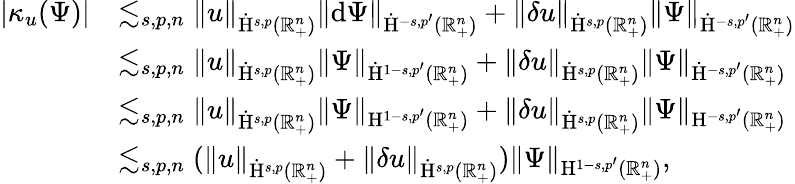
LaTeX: \begin{array}{rl}{\lvert\kappa_{u}(\Psi)\rvert}&{\lesssim_{s,p,n}\lVert u\rVert_{\dot{\mathrm{H}}^{s,p}(\mathbb{R}_{+}^{n})}\lVert\mathrm{d}\Psi\rVert_{\dot{\mathrm{H}}^{-s,p^{\prime}}(\mathbb{R}_{+}^{n})}+\lVert\mathbf{\delta}u\rVert_{\dot{\mathrm{H}}^{s,p}(\mathbb{R}_{+}^{n})}\lVert\Psi\rVert_{\dot{\mathrm{H}}^{-s,p^{\prime}}(\mathbb{R}_{+}^{n})}}\\ &{\lesssim_{s,p,n}\lVert u\rVert_{\dot{\mathrm{H}}^{s,p}(\mathbb{R}_{+}^{n})}\lVert\Psi\rVert_{\dot{\mathrm{H}}^{1-s,p^{\prime}}(\mathbb{R}_{+}^{n})}+\lVert\mathbf{\delta}u\rVert_{\dot{\mathrm{H}}^{s,p}(\mathbb{R}_{+}^{n})}\lVert\Psi\rVert_{\dot{\mathrm{H}}^{-s,p^{\prime}}(\mathbb{R}_{+}^{n})}}\\ &{\lesssim_{s,p,n}\lVert u\rVert_{\dot{\mathrm{H}}^{s,p}(\mathbb{R}_{+}^{n})}\lVert\Psi\rVert_{{\mathrm{H}}^{1-s,p^{\prime}}(\mathbb{R}_{+}^{n})}+\lVert\mathbf{\delta}u\rVert_{\dot{\mathrm{H}}^{s,p}(\mathbb{R}_{+}^{n})}\lVert\Psi\rVert_{{\mathrm{H}}^{-s,p^{\prime}}(\mathbb{R}_{+}^{n})}}\\ &{\lesssim_{s,p,n}(\lVert u\rVert_{\dot{\mathrm{H}}^{s,p}(\mathbb{R}_{+}^{n})}+\lVert\mathbf{\delta}u\rVert_{\dot{\mathrm{H}}^{s,p}(\mathbb{R}_{+}^{n})})\lVert\Psi\rVert_{{\mathrm{H}}^{1-s,p^{\prime}}(\mathbb{R}_{+}^{n})}\mathrm{,~}}\end{array}